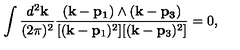
\int \frac { d ^ { 2 } { \bf k } } { ( 2 \pi ) ^ { 2 } } \frac { ( { \bf k - p _ { 1 } } ) \wedge ( { \bf k - p _ { 3 } } ) } { [ ( { \bf k } - { \bf p } _ { 1 } ) ^ { 2 } ] [ ( { \bf k } - { \bf p } _ { 3 } ) ^ { 2 } ] } = 0 ,